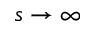
s \to \infty